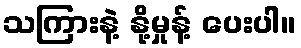
သကြားနဲ့ နို့မှုန့် ပေးပါ။